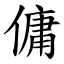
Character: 傭